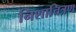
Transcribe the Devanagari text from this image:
निशाचित्रण